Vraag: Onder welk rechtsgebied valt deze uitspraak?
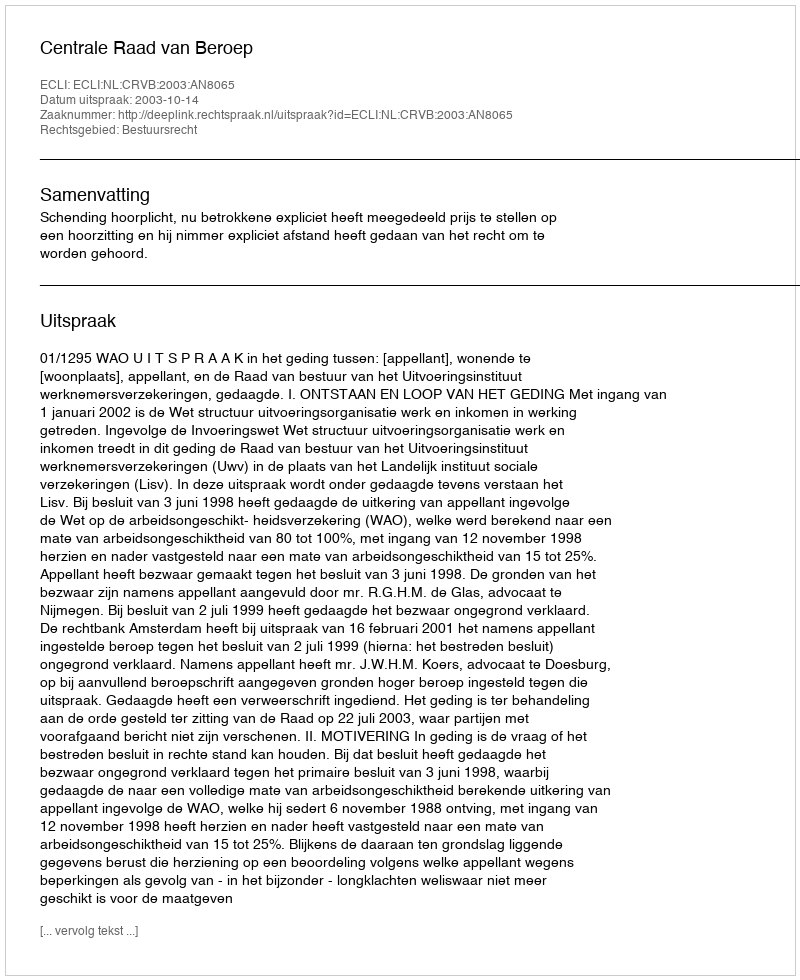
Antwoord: Bestuursrecht